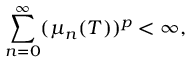
\sum _ { n = 0 } ^ { \infty } ( { \mu } _ { n } ( T ) ) ^ { p } < { \infty } ,